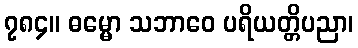
၇၈၄။ ဓမ္မော သဘာဝေ ပရိယတ္တိပညာ၊